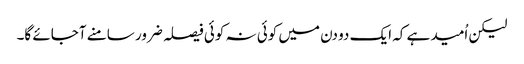
لیکن اُمید ہے کہ ایک دو دن میں کوئی نہ کوئی فیصلہ ضرور سامنے آجائے گا۔